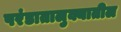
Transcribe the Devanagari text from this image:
परंडातालुक्यातील